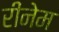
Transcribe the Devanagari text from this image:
रीनेम